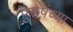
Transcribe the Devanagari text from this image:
पुरूषंच्या